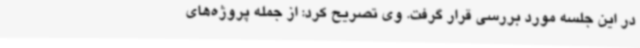
در این جلسه مورد بررسی قرار گرفت. وی تصریح کرد: از جمله پروژه‌های